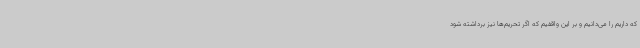
که داریم را می‌دانیم و بر این واقفیم که اگر تحریم‌ها نیز برداشته شود